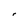
Character: r